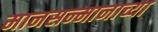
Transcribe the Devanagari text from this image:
मानसन्मानाच्या